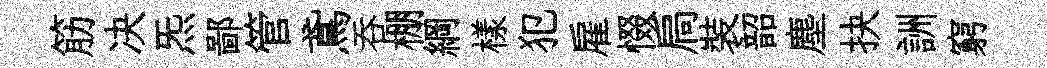
筋决炁鄙管鳶呑棚綱樣犯雇惙扃裝韶塵抉詶窮